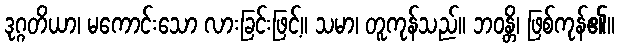
ဒုဂ္ဂတိယာ၊ မကောင်းသော လားခြင်းဖြင့်။ သမာ၊ တူကုန်သည်။ ဘဝန္တိ၊ ဖြစ်ကုန်၏။